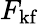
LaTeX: F_{\mathrm{kf}}